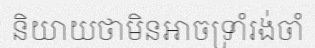
និយាយថាមិនអាចទ្រាំរង់ចាំ